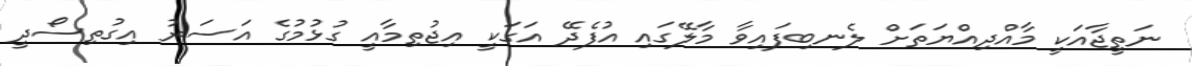
ނަތީޖާއަކީ މާއްދިއްޔަތަށް ލެނބިފައިވާ މާލޭގައި އުފެދޭ އަގަކީ އިޖުތިމާއީ ގުޅުމުގެ އަސަރު އިގުތިސޯދީ